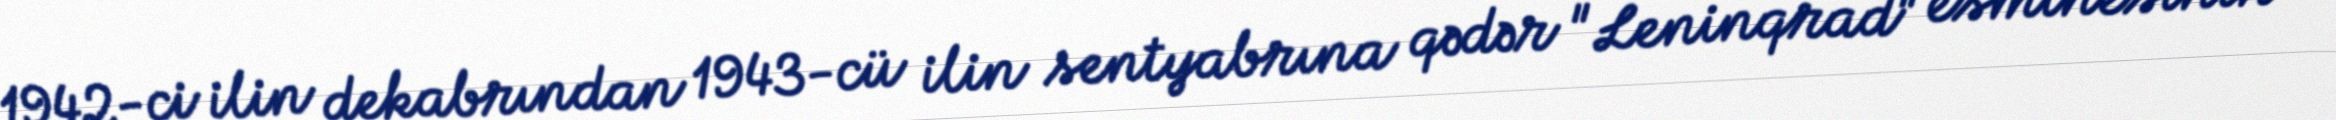
1942-ci ilin dekabrından 1943-cü ilin sentyabrına qədər "Leninqrad" esminesinin